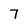
Character: 7